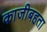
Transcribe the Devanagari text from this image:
काजीबहता